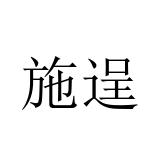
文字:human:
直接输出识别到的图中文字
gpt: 施逞